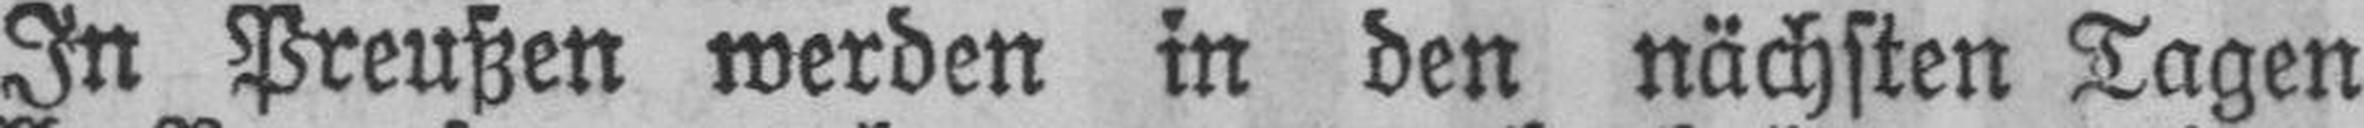
In Preußen werden in den nächsten Tagen